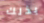
بذلك